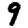
Digit: 9